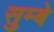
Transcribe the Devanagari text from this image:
सुम्बे